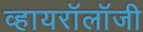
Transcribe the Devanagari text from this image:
व्हायरॉलॉजी